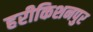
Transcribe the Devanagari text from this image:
हरीकिशनपुर